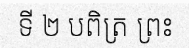
ទី ២ បពិត្រ ព្រះ